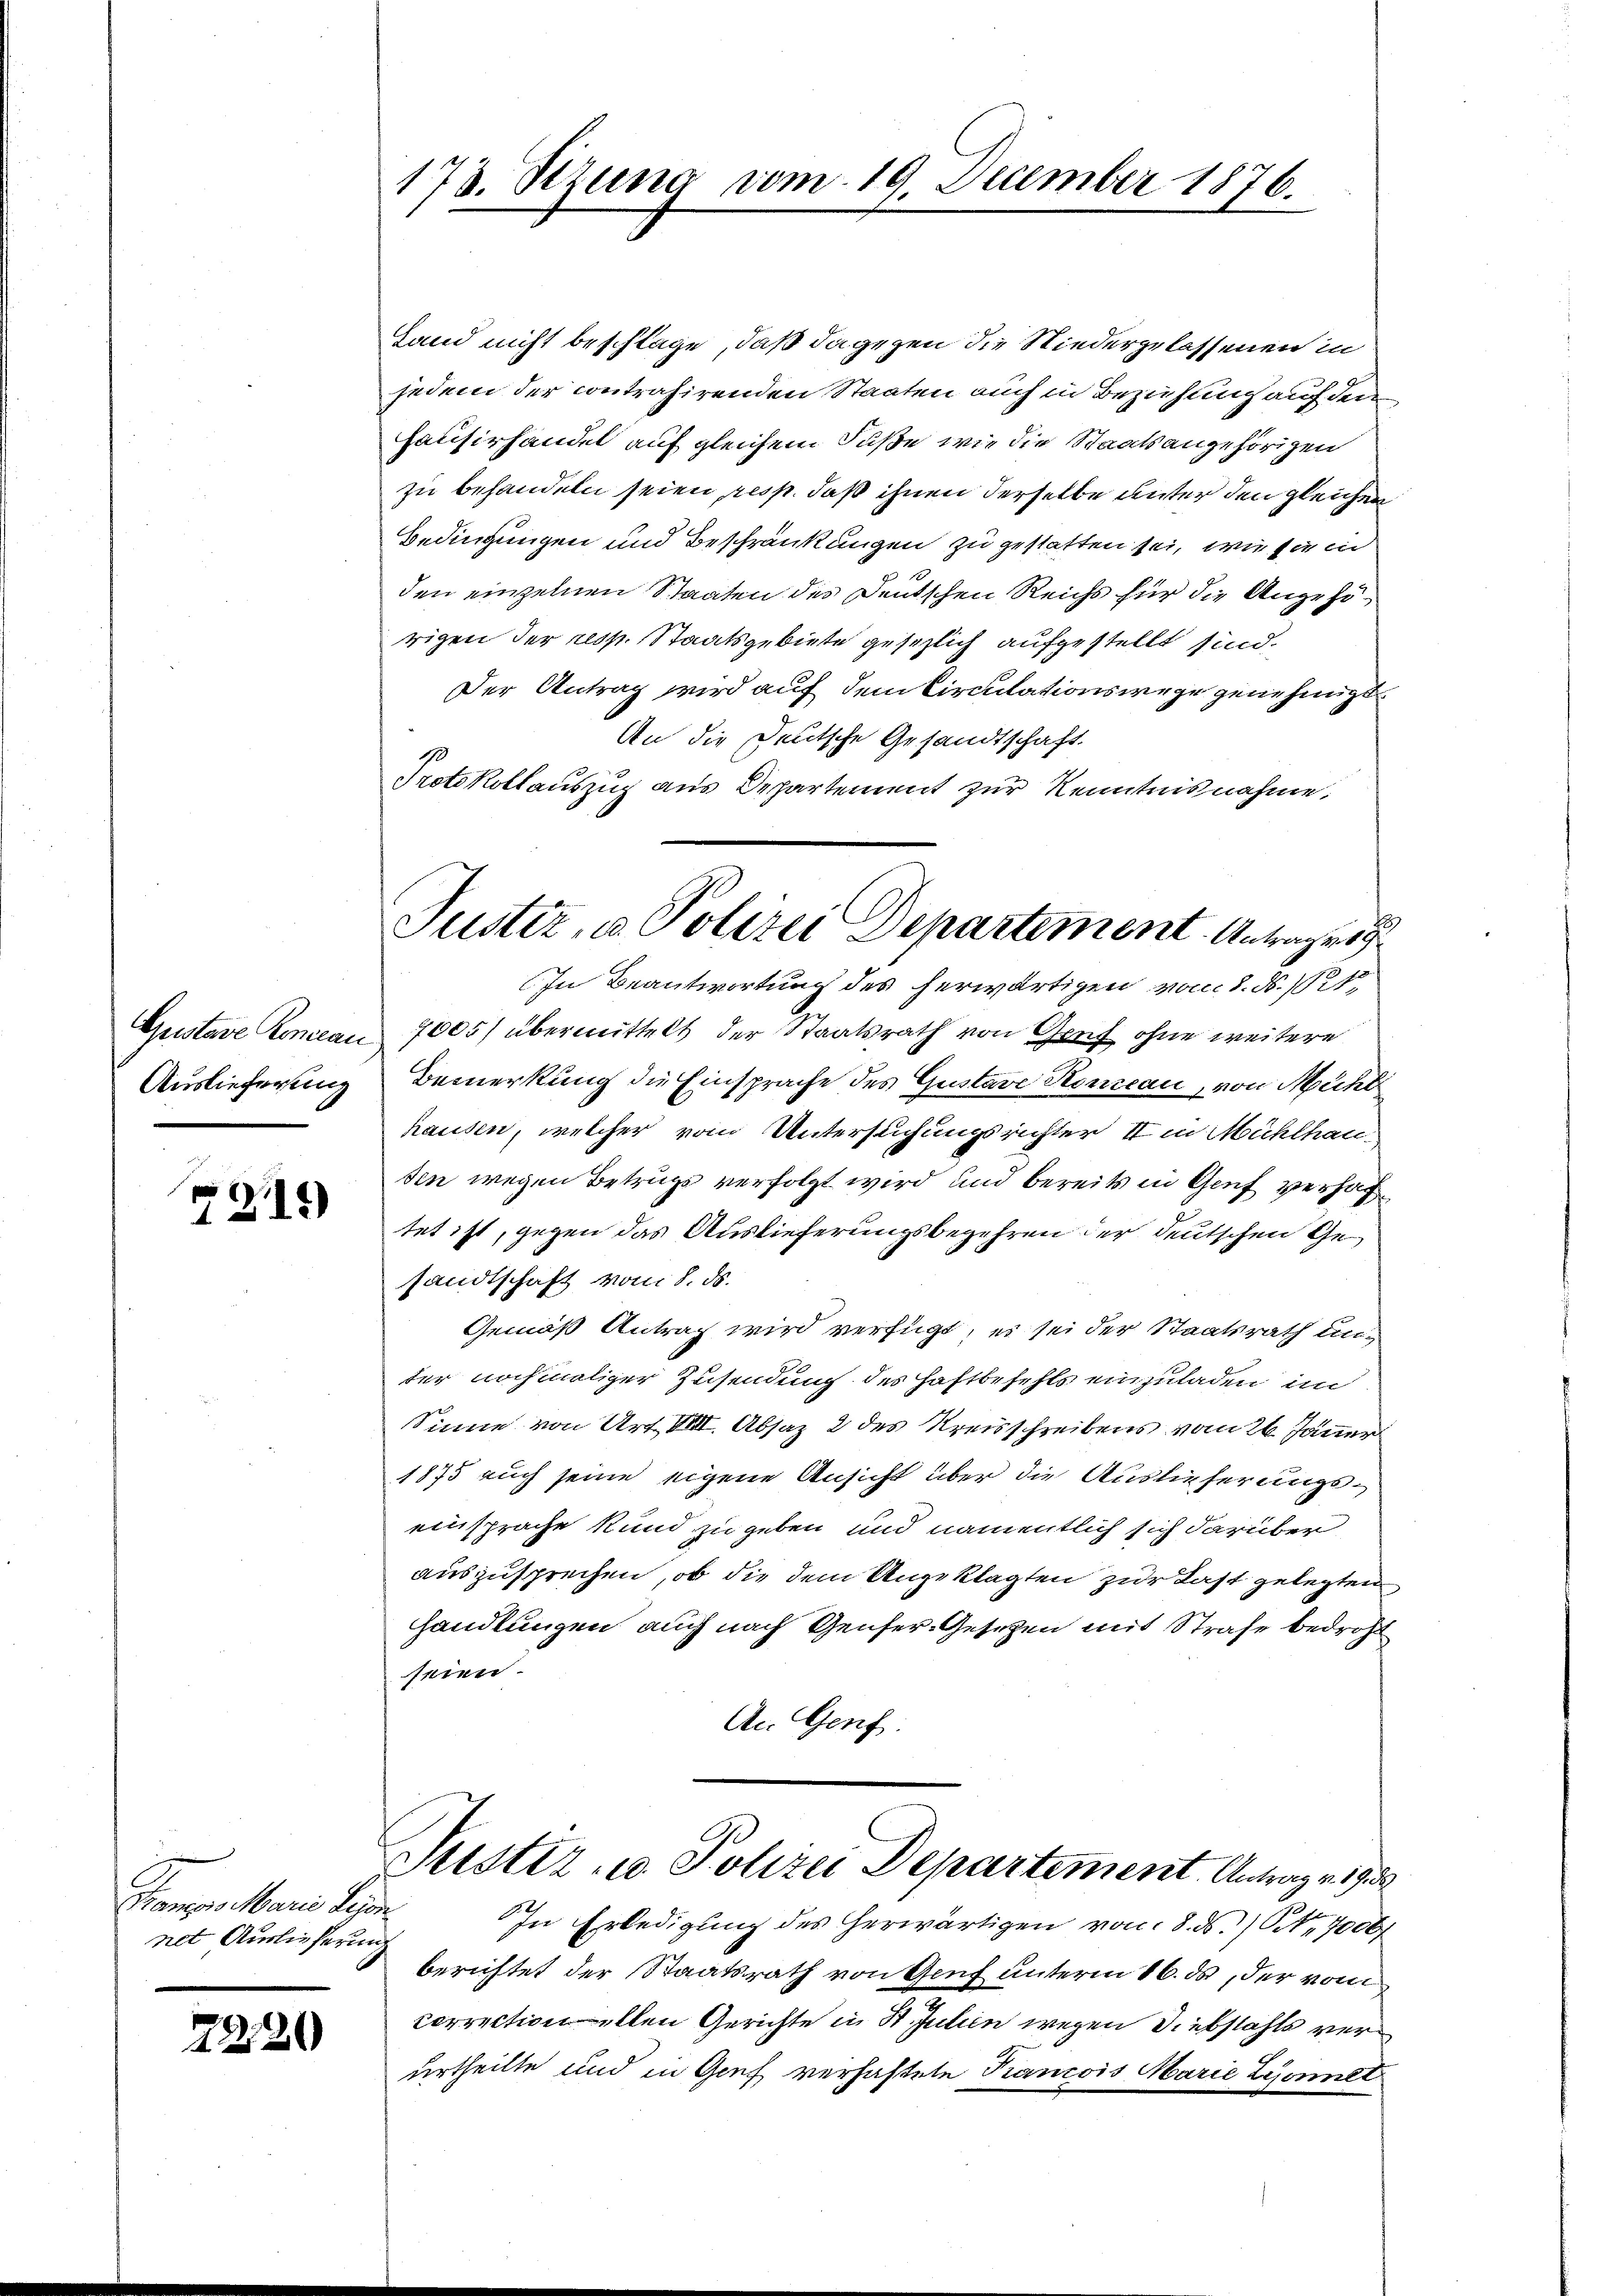
Austare Konceau
Auslieferung

7215)

Pranges Marie Per
net Auslieferung

2220

173. Stzung vom 19. December 1876.

Justiz, u. Polizei Departement. Antrage
In Beantwortung des herwärtigen vom 8. d. 1

Hand nicht beschlage, daß dagegen die Niedergelassenen in
jedem der contrahirenden Staaten auch in Beziehung auf de
Hausirhandel auf gleichem Fuße wie die Staatsangehörigen
zu behandeln seien resp. daß ihnen derselbe unter den gleichen
Bedingungen und Beschränkungen zu gestatten sei, wie sie in
den einzelnen Staaten des Deutschen Reichs für die Angehörigen der resp. Staatsgebiete gesezlich aufgestellt sind.
Der Antrag wird auf dem Circulationswege genehmigt
An die Deutsche Gesandtschaft.
Protokollauszug aus Departement zur Kenntnisnahme,
7005) übermittelt der Staatsrath von Gruf ohne weitere
Bemerkung die Einsprache des Gustave Koncau, von Michl
hausen, welcher vom Untersuchungsrichter II in Mühlhau
sen wegen Betrugs verfolgt wird und bereits in Genf verhaftet ist, gegen das Auslieferungsbegehren der deutschen Gesandtschaft vom 8. ds.
Gemäß Antrag wird verfügt, es sei der Staatsrath unter nochmaliger Zusendung des Haftbefehls einzuladen im
Sinne von Art. VIII. Absaz 2 des Kreisschreibens vom 26. Jänner
1875 auch seine eigene Ansicht über die Auslieferungseinsprache Kund zu geben und namentlich sich darüber
auszusprechen, ob die dem Angeklagten zur Last gelegten
Handlungen auch nach Genfer-Gesetzen mit Strafe bedroht
seien.
An Genf

Justiz- u Polizei Departement Antrag v. 1950

In Erledigung des herwärtigen von 8. ds. / Nr 7000
berichtet der Staatsrath von Genf unterm 16. ds, der vom
correctionellen Gerichte in St. Julien wegen Diebstahls verurtheilte und in Genf verhaftete Kancois Marie Lyonnet